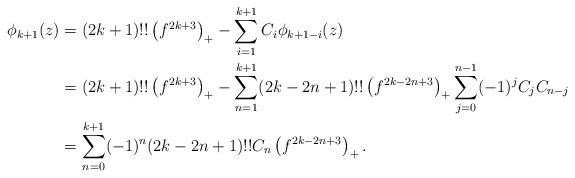
LaTeX: \begin{align*}\phi_{k+1}(z) &= (2k+1)!!\left(f^{2k+3}\right)_{+}-\sum_{i=1}^{k+1} C_i\phi_{k+1-i}(z)\\&=(2k+1)!!\left(f^{2k+3}\right)_{+}-\sum_{n=1}^{k+1}(2k-2n+1)!!\left(f^{2k-2n+3}\right)_{+}\sum_{j=0}^{n-1}(-1)^jC_jC_{n-j}\\&=\sum_{n=0}^{k+1}(-1)^n(2k-2n+1)!!C_n\left(f^{2k-2n+3}\right)_{+}.\end{align*}